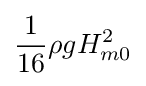
{\frac {1}{16}}\rho gH_{m0}^{2}